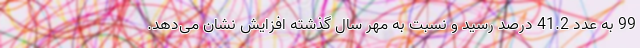
99 به عدد 41.2 درصد رسید و نسبت به مهر سال گذشته افزایش نشان می‌دهد.